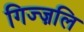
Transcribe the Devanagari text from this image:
गिज्ज़लि